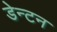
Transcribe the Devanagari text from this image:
डेन्टन